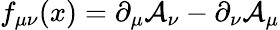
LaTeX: f_{\mu\nu}(x)=\partial_{\mu}\mathcal{A}_{\nu}-\partial_{\nu}\mathcal{A}_{\mu}